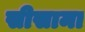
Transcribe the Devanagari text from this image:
सीसामा